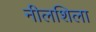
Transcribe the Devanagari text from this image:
नीलशिला